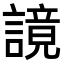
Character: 𧫙